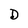
Character: D